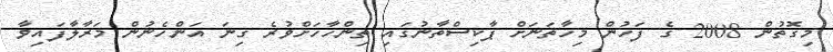
މިގޮތުން 2008 ގެ ފަހުން މިހާތަނަށް ޕާކިސްތާނުގައި ތިންހާހަށްވުރެ ގިނަ އަންހެނުން މަރާލާފައިވާ